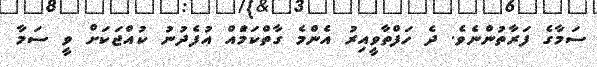
ސަމާގެ ފަރާތުންނެވެ. ދެ ހަފްތާވީއިރު އެންމެ ގާތްކަމެައް އުފެދުނު ކުއްޖަކަށް ވީ ސަމާ